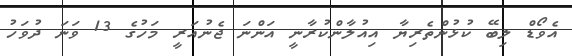
އެވޯޑް ލިބޭ ކުޅުންތެރިޔާ އިއުލާންކުރާނީ އަންނަ ޖެނުއަރީ މަހުގެ 13 ވަނަ ދުވަހު